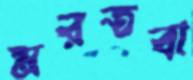
মরতবা